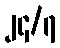
၂၄/၇